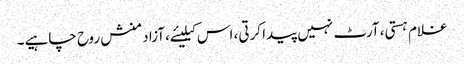
غلام ہستی، آرٹ نہیں پیدا کرتی، اس کیلیئے،آزاد منش روح چاہیے۔